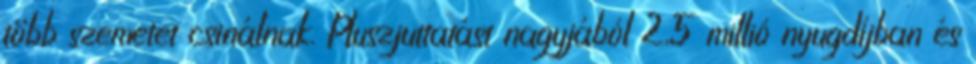
több szemetet csinálnak. Pluszjuttatást nagyjából 2,5 millió nyugdíjban és